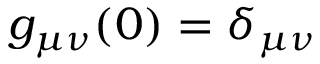
g _ { \mu \nu } ( 0 ) = \delta _ { \mu \nu }